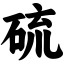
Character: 硫